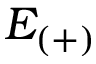
E _ { ( + ) }